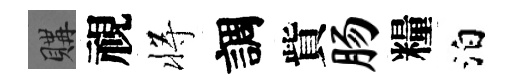
購視将調貲肠糧泊